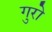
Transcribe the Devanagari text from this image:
गुरो